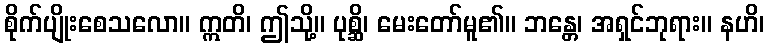
စိုက်ပျိုးစေသလော။ ဣတိ၊ ဤသို့။ ပုစ္ဆိ၊ မေးတော်မူ၏။ ဘန္တေ၊ အရှင်ဘုရား။ နဟိ၊